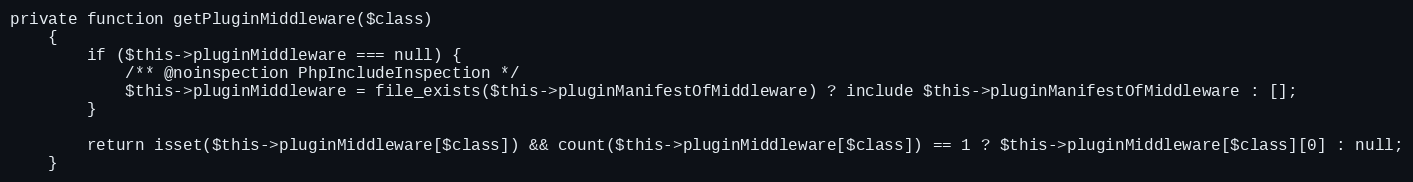
Language: PHP
private function getPluginMiddleware($class)
    {
        if ($this->pluginMiddleware === null) {
            /** @noinspection PhpIncludeInspection */
            $this->pluginMiddleware = file_exists($this->pluginManifestOfMiddleware) ? include $this->pluginManifestOfMiddleware : [];
        }

        return isset($this->pluginMiddleware[$class]) && count($this->pluginMiddleware[$class]) == 1 ? $this->pluginMiddleware[$class][0] : null;
    }